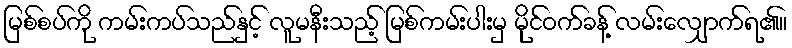
မြစ်စပ်ကို ကမ်းကပ်သည်နှင့် လူမနီးသည့် မြစ်ကမ်းပါးမှ မိုင်ဝက်ခန့် လမ်းလျှောက်ရ၏။